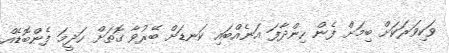
ވަކިވަރަކަށް ބިމަށް ފެން ހިންދާފަ އަނެއްބައި ކަނޑަށް ބޭރުވާ ގޮތަށް ހަދީމަ ފެންބޮޑެއް